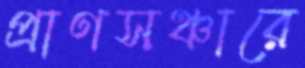
প্রাণসঞ্চারে